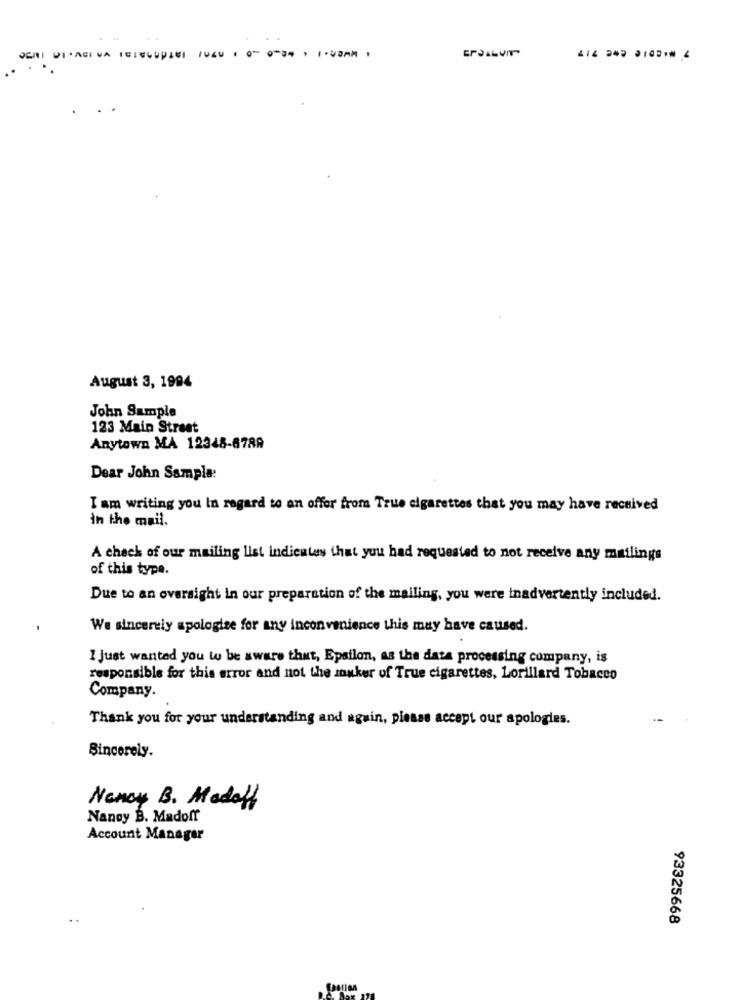
SCRI DI AGI VA SEIGLUPIEI /UGU 0- 0-34. 1-03.
416 242 01021# 4
August 3, 1994
John Sample
123 Main Street
Anytown MA 12348-678A
Dear John Sample:
I am writing you In regard to an offer from True cigarettes that you may have received
In the mail.
A check of our mailing list indicates that you had requested to not receive any mailings
of this type.
Due to an oversight in our preparation of the mailing, you were inadvertently included.
We sincerely apologize for any inconvenience this may have caused.
I Just wanted you wo be aware that, Epsilon, as the data processing company, is
responsible for this error and not the zouker of True cigarettes, Lorillard Tobacco
Company.
Thank you for your understanding and again, please accept our apologies.
Sincerely.
Nancy B. Modaff
Nanoy B. Madoff
Account Manager
93325668